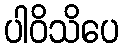
ပါဝိသိပေ